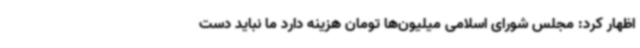
اظهار کرد: مجلس شورای اسلامی میلیون‌ها تومان هزینه دارد ما نباید دست